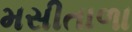
મસીતાળા